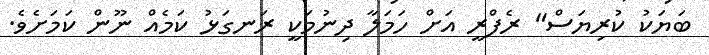
ބަޔަކު ކުރިޔަސް" ރެފްރީ އަށް ހަމަލާ ދިނުމަކީ ރަނގަޅު ކަމެއް ނޫން ކަމަށެވެ.